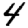
Digit: 4